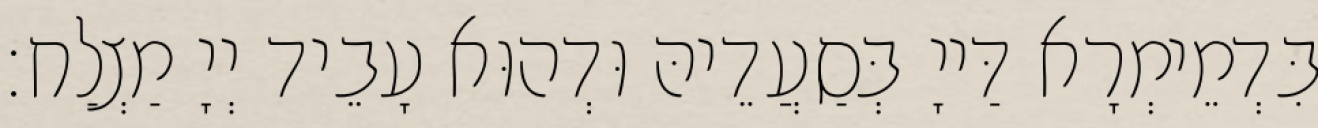
בִּדְמֵימְרָא דַּייָ בְּסַעֲדֵיהּ וּדְהוּא עָבֵיד יְיָ מַצְלַח׃